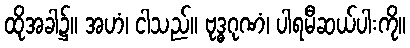
ထိုအခါ၌။ အဟံ၊ ငါသည်။ ဗုဒ္ဓဂုဏံ၊ ပါရမီဆယ်ပါးကို။